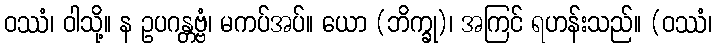
ဝဿံ၊ ဝါသို့။ န ဥပဂန္တဗ္ဗံ၊ မကပ်အပ်။ ယော (ဘိက္ခု)၊ အကြင် ရဟန်းသည်။ (ဝဿံ၊